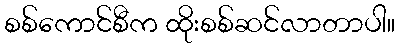
စစ်ကောင်စီက ထိုးစစ်ဆင်လာတာပါ။